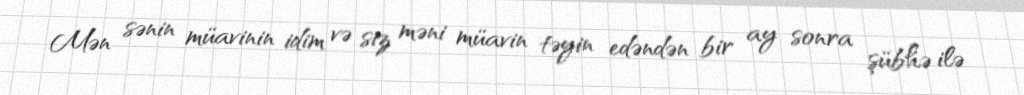
Mən sənin müavinin idim və siz məni müavin təyin edəndən bir ay sonra şübhə ilə